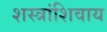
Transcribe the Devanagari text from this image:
शस्त्रांशिवाय